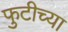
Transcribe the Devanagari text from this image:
फुटीच्या